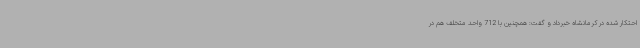
احتکار شده در کرمانشاه خبرداد و گفت: همچنین با 712 واحد متخلف هم در